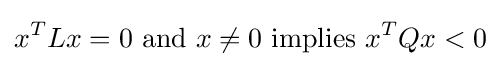
\displaystyle x^{T}Lx=0{\text{ and }}x\neq 0{\text{ implies }}x^{T}Qx<0